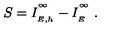
S = I _ { \phantom { } _ { E , h } } ^ { \phantom { } ^ { \infty } } - I _ { \phantom { } _ { E } } ^ { \phantom { } ^ { \infty } } \ .